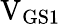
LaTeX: \mathrm{V_{GS1}}